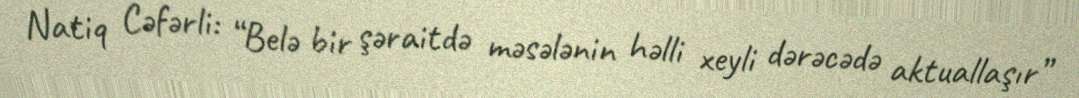
Natiq Cəfərli: “Belə bir şəraitdə məsələnin həlli xeyli dərəcədə aktuallaşır”